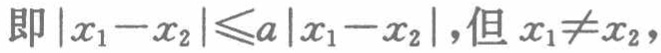
即\(\vert x_{1}-x_{2}\vert\leqslant a\vert x_{1}-x_{2}\vert\)，但 \(x_{1}\neq x_{2}\)，